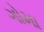
ગોમા